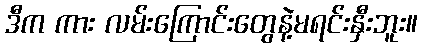
ဒီက ကား လမ်းကြောင်းတွေနဲ့မရင်းနှီးဘူး။